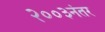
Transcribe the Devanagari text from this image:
२००३नंतर